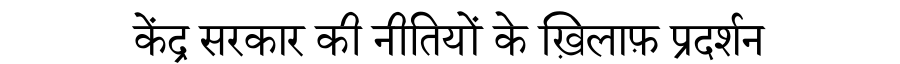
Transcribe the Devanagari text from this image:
केंद्र सरकार की नीतियों के ख़िलाफ़ प्रदर्शन